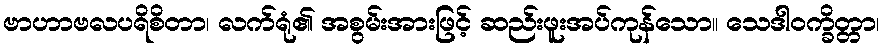
ဗာဟာဗလပရိစိတာ၊ လက်ရုံ၏ အစွမ်းအားဖြင့် ဆည်းဖူးအပ်ကုန်သော။ သေဒါဝက္ခိတ္တာ၊